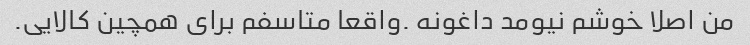
من اصلا خوشم نیومد داغونه .واقعا متاسفم برای همچین کالایی.